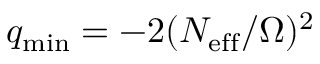
q _ { \mathrm { m i n } } = - 2 ( N _ { \mathrm { e f f } } / \Omega ) ^ { 2 }